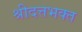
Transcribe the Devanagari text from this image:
श्रीदत्तभक्त